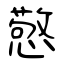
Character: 憼